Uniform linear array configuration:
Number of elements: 32
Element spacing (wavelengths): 0.5
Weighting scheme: kaiser
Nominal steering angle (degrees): -30
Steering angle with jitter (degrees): -28.149
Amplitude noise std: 0.05
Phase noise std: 0.05

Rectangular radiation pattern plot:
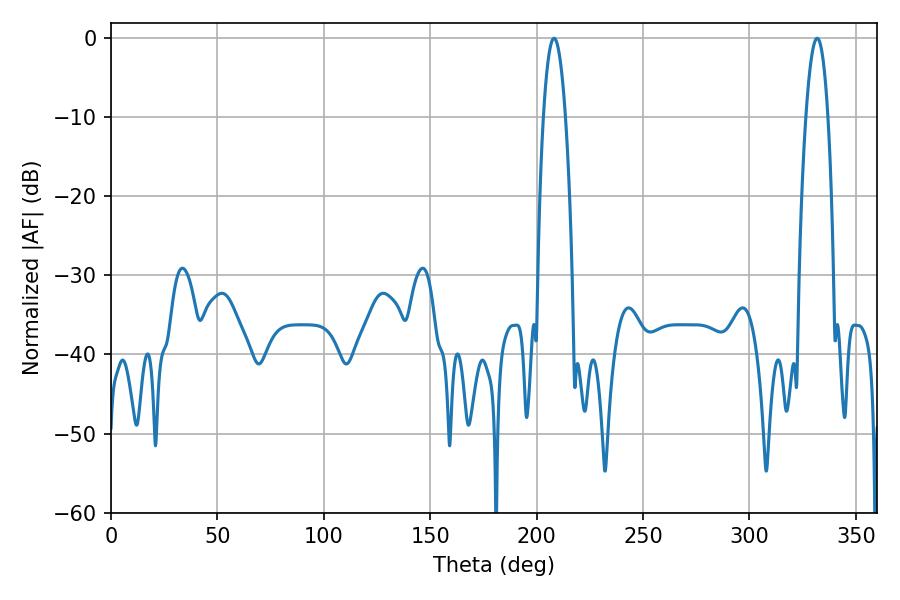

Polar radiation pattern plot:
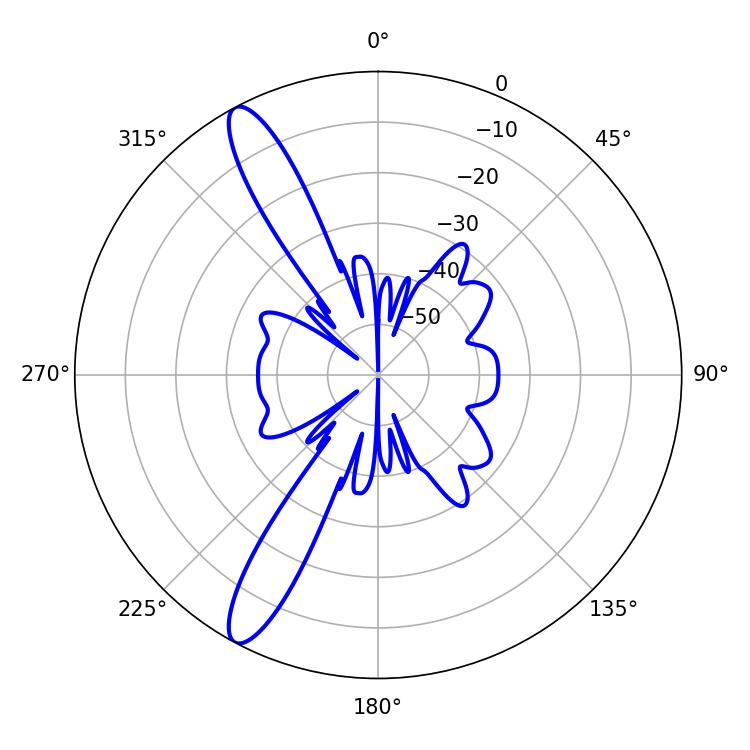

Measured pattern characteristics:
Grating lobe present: FALSE
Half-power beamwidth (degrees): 5.76
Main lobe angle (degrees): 331.74